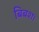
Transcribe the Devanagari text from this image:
बिबश।